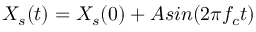
X _ { s } ( t ) = X _ { s } ( 0 ) + A s i n ( 2 \pi f _ { c } t )